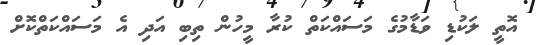
އޮތީ ލަކުޑި ވަޑާމުގެ މަސައްކަތް ކުރާ މީހުން ތިބި އަދި އެ މަސައްކަތްކޮށް